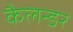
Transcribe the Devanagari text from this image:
कैलन्डर